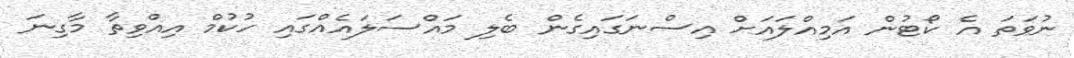
ނުވަތަ އެ ކޯޓުން އަމިއްލައަށް އިސްނަގައިގެން ބެލި މައްސަލައެއްގައި ހުކުމް އިއްވިތާ މާގިނަ